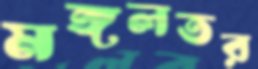
মঙ্গলতর